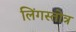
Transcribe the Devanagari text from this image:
लिंगस्तोत्र